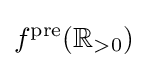
f^{\text{pre}}(\mathbb {R} _{>0})